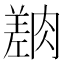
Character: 𦟎